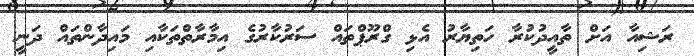
ރަޝިއާ އަށް ތާއީދުކުރާ ހަތިޔާރު އެޅި ގްރޫޕްތައް ސަރުކާރުގެ އިމާރާތްތަކާއި މައިދާންތައް ދަނީ